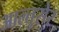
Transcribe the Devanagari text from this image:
आल्तुसेर